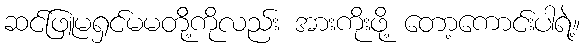
ဆင်ဖြူမရှင်မမတို့ိကိုလည်း အားကိုးဖို့ တော့ကောင်းပါရဲ့။